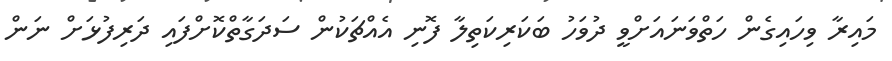
މައިރާ ވިހައިގެން ހަތްވަނައަށްވީ ދުވަހު ބަކަރިކަތިލާ ފޮނި އެއްޗަކުން ސަދަގާތްކޮށްފައި ދަރިފުޅަށް ނަން